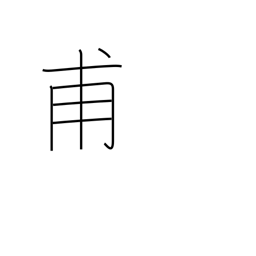
Meaning: for the first time